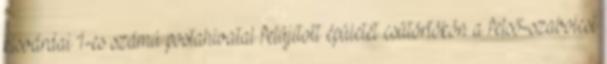
kisvárdai 1-es számú postahivatal felújított épületét csütörtökön a felső-szabolcsi